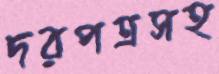
দরপত্রসহ